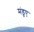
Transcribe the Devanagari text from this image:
मंडुए